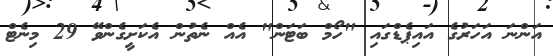
އަންނަ އަހަރުގެ އައިޕެޑްގައި "ހޯމް ބަޓަން" އެއް ނެތުން އެކަށީގެންވޭ 29 މިނެޓް